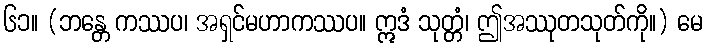
၆၁။ (ဘန္တေ ကဿပ၊ အရှင်မဟာကဿပ။ ဣဒံ သုတ္တံ၊ ဤအဿုတသုတ်ကို။) မေ